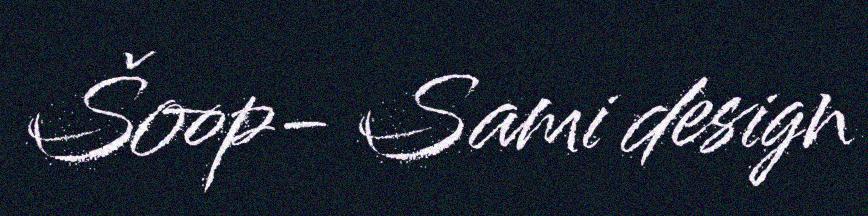
Šoop- Sami design